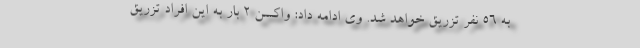
به ۵۶ نفر تزریق خواهد شد. وی ادامه داد: واکسن ۲ بار به این افراد تزریق